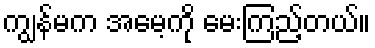
ကျွန်မက အမေ့ကို မေးကြည့်တယ်။